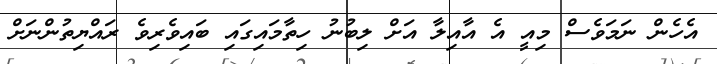
އެހެން ނަމަވެސް މިއީ އެ އާއިލާ އަށް ލިބުނު ހިތާމައިގައި ބައިވެރިވެ ރައްޔިތުންނަށް